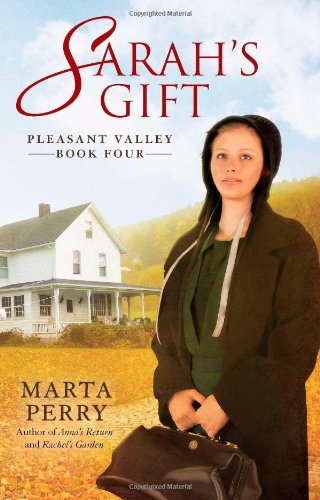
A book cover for Sarah's Gift: Pleasant Valley Book Four; Marta Perry; Christian Books & Bibles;